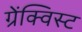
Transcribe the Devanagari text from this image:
ग्रेंक्विस्ट